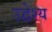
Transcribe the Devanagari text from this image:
उद्वेश्‍य